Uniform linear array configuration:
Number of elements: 64
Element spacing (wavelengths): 0.5
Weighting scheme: kaiser
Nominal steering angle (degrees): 45
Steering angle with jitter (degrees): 43.332
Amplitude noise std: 0.05
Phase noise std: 0.05

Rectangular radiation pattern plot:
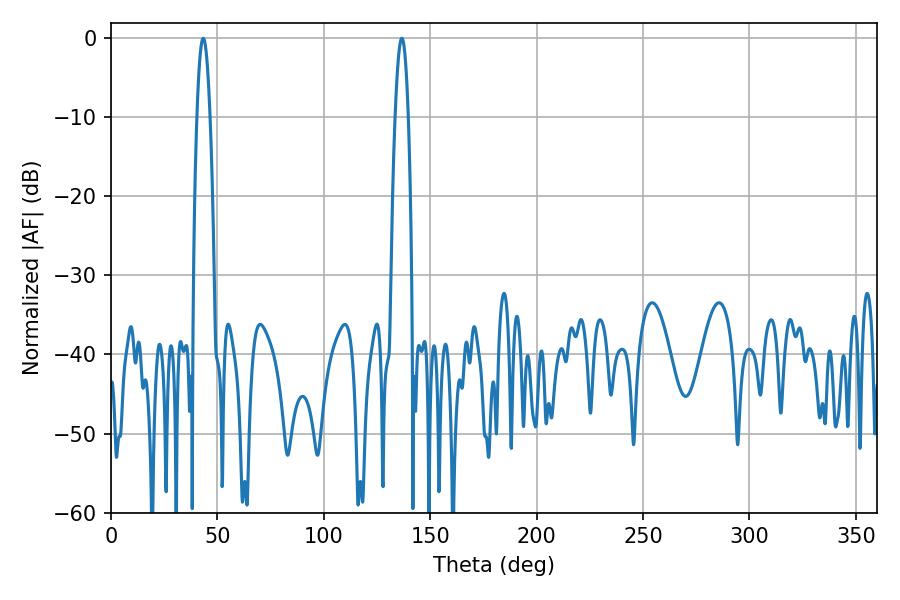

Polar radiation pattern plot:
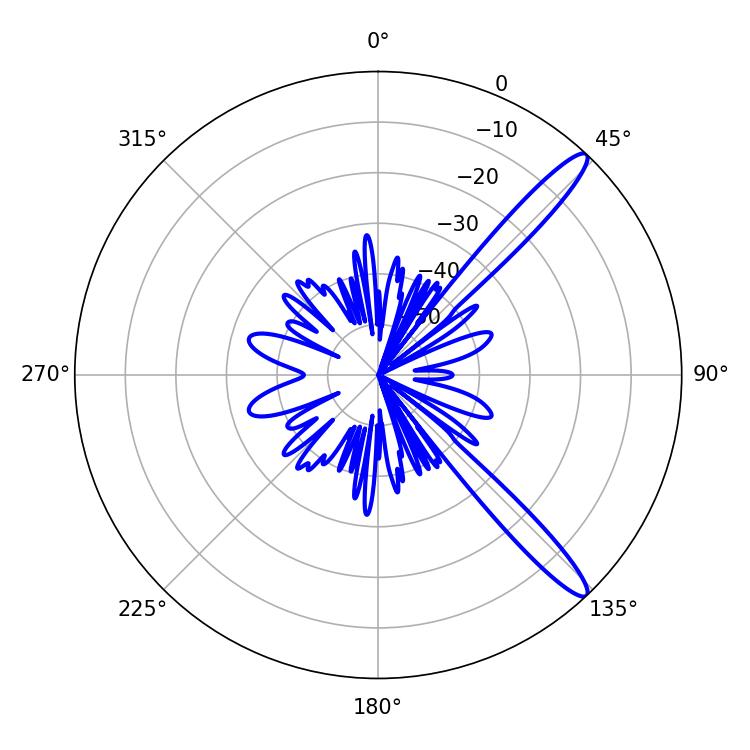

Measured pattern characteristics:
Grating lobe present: FALSE
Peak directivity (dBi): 13.546
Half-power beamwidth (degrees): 3.24
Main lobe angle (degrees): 43.38